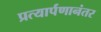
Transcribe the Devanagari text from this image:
प्रत्यार्पणानंतर